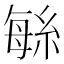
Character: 䋣